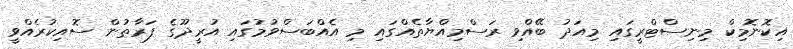
އިކޮނޮމިކް މިނިސްޓްރީގައި މިއަދު ބޭއްވި ރަސްމިއްޔާތެއްގައި މި އެއްބަސްވުމުގައި އުރީދޫގެ ފަރާތުން ސޮއިކުރެއްވީ